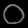
Digit: ၀